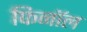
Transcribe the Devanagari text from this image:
फिनाॅल